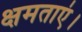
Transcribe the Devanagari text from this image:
क्षमताएं।